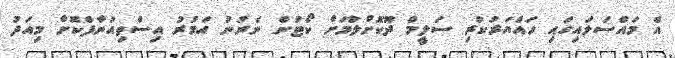
އެ މައްސަލައިގައި ހައްޔަރުކުރި ސަލީމް ދޫކޮށްލުމަށް ކޯޓުން ނެރުނު އަމުރު އިސްތިއުނާފްކޮށް މިއަދު